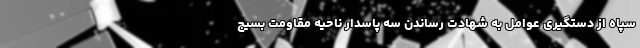
سپاه از دستگیری عوامل به شهادت رساندن سه پاسدار ناحیه مقاومت بسیج